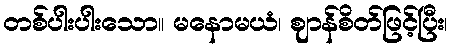
တစ်ပါးပါးသော။ မနောမယံ၊ ဈာန်စိတ်ဖြင့်ပြီး၊